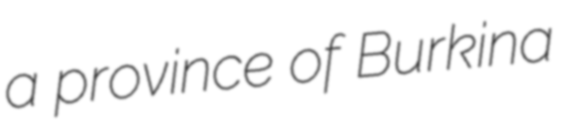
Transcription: a province of Burkina